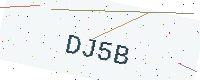
Text: DJ5B